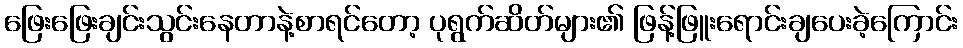
ဖြေးဖြေးချင်းသွင်းနေတာနဲ့စာရင်တော့ ပုရွက်ဆိတ်များ၏ ဖြန့်ဖြူးရောင်းချပေးခဲ့ကြောင်း